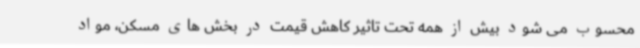
محسوب می شود بیش از همه تحت تاثیر کاهش قیمت در بخش های مسکن، مواد